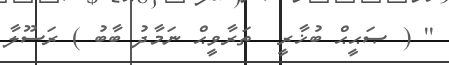
'' ( ޞަޙީޙް ބުޚާރީ  ތަރާވީޙް ނަމާދު ބާބު ) ރަސޫލާ